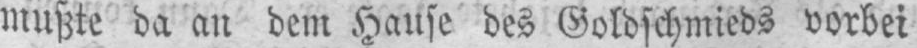
mußte da an dem Hause des Goldschmieds vorbei